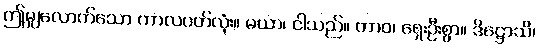
ဤမျှလောက်သော ကာလပတ်လုံး။ မယာ၊ ငါသည်။ တာဝ၊ ရှေးဦးစွာ။ ဒိဋ္ဌောသိ၊